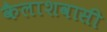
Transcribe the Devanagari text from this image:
कैलाशवासी